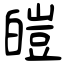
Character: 皚